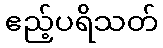
ဧည့်ပရိသတ်